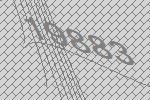
19883